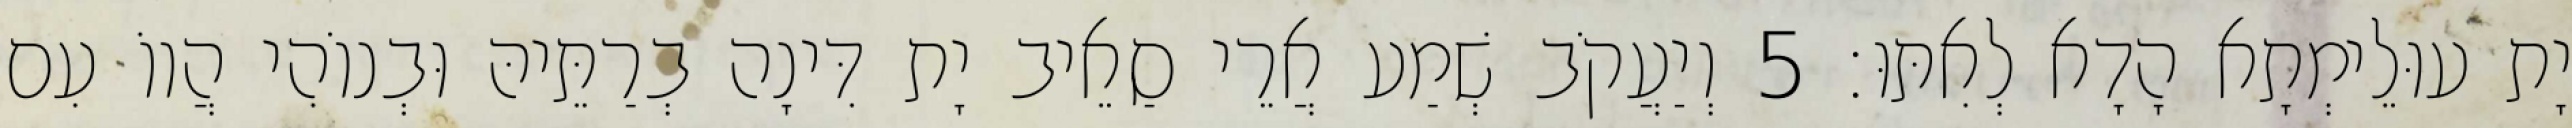
יָת עוּלֵימְתָא הָדָא לְאִתּוּ׃ 5 וְיַעֲקֹב שְׁמַע אֲרֵי סַאֵיב יָת דִּינָה בְרַתֵּיהּ וּבְנוֹהִי הֲווֹ עִם